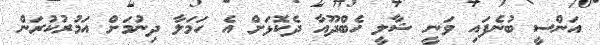
އަންސީ ބުނެފައި ވަނީ ޝާލީ ހެބްދޫއާ ދެކޮޅަށް އެ ހަމަލާ ދިނުމަށް އަމުރުކުރަން